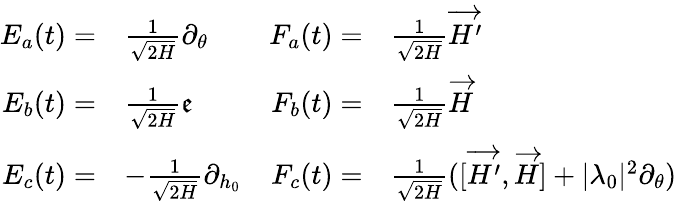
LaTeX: \begin{array}{rlrl}{E_{a}(t)=}&{\frac{1}{\sqrt{2H}}\partial_{\theta}}&{F_{a}(t)=}&{\frac{1}{\sqrt{2H}}\overrightarrow{H^{\prime}}}\\ {E_{b}(t)=}&{\frac{1}{\sqrt{2H}}\mathfrak{e}}&{F_{b}(t)=}&{\frac{1}{\sqrt{2H}}\overrightarrow{H}}\\ {E_{c}(t)=}&{-\frac{1}{\sqrt{2H}}\partial_{h_{0}}}&{F_{c}(t)=}&{\frac{1}{\sqrt{2H}}([\overrightarrow{H^{\prime}},\overrightarrow{H}]+|\lambda_{0}|^{2}\partial_{\theta})}\end{array}